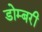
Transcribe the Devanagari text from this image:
डोम्‍बरी